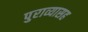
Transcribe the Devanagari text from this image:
पुराव्यासह